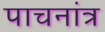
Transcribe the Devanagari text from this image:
पाचनांत्र